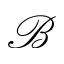
\mathcal { B }